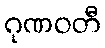
ဂုဏဝတီ